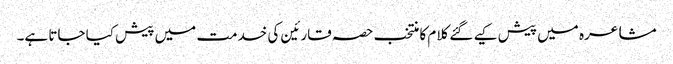
مشاعرہ میں پیش کیے گئے کلام کا منتخب حصہ قارئین کی خدمت میں پیش کیا جاتا ہے۔